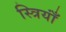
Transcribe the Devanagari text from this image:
स्त्रियाँं